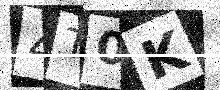
Text: 4T0K